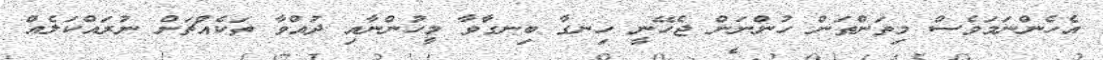
އެހެންނަމަވެސް މިތަންތަން ހުންނަން ޖެހޭނީ ހިނގާ ބިނގާވާ މީހުންނާއި ދުއްވާ ތަކެއްޗަށް ނުރައްކަލެއް